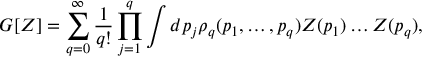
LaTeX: G [ Z ] = \sum _ { q = 0 } ^ { \infty } \frac { 1 } { q ! } \prod _ { j = 1 } ^ { q } \int d p _ { j } \rho _ { q } ( p _ { 1 } , \ldots , p _ { q } ) Z ( p _ { 1 } ) \ldots Z ( p _ { q } ) ,